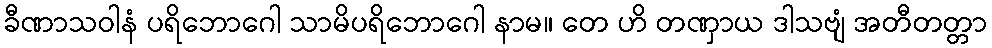
ခီဏာသဝါနံ ပရိဘောဂေါ သာမိပရိဘောဂေါ နာမ။ တေ ဟိ တဏှာယ ဒါသဗျံ အတီတတ္တာ